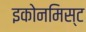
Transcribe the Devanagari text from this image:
इकोनमिस्ट